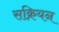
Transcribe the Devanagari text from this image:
सक्रियन